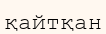
қайтқан